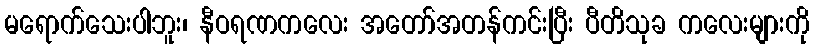
မရောက်သေးပါဘူး၊ နီဝရဏကလေး အတော်အတန်ကင်းပြီး ပီတိသုခ ကလေးများကို